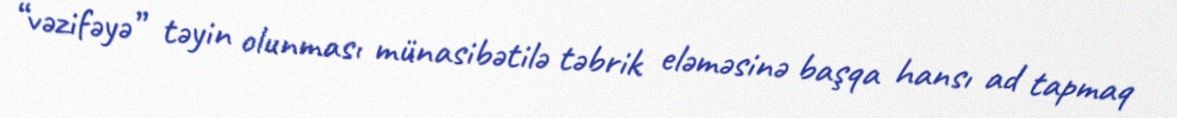
“vəzifəyə” təyin olunması münasibətilə təbrik eləməsinə başqa hansı ad tapmaq